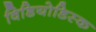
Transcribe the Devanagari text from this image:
विडियोडिस्क